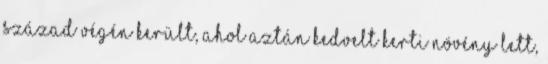
század végén került, ahol aztán kedvelt kerti növény lett,